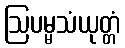
ဩပမ္မသံယုတ္တံ